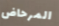
المرحاض